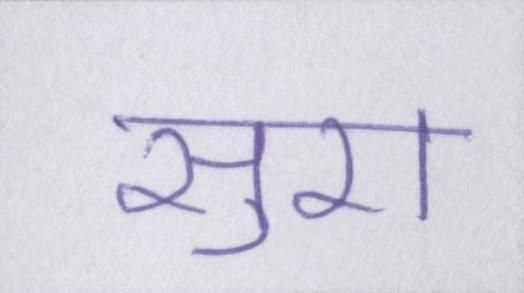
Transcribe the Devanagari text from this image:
सुरा